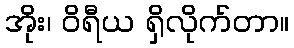
အိုး၊ ဝိရီယ ရှိလိုက်တာ။